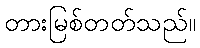
တားမြစ်တတ်သည်။